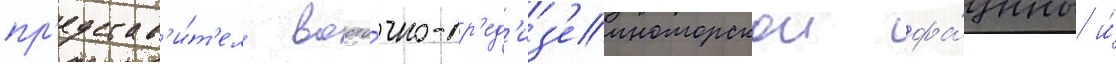
пр'едстав'и́т'ель восто́чно-ср'ед'из'емноморскои фа́уны и́